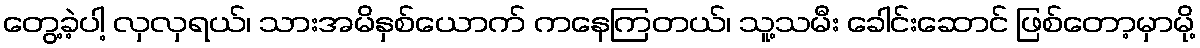
တွေ့ခဲ့ပါ့ လှလှရယ်၊ သားအမိနှစ်ယောက် ကနေကြတယ်၊ သူ့သမီး ခေါင်းဆောင် ဖြစ်တော့မှာမို့